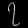
Digit: ၇